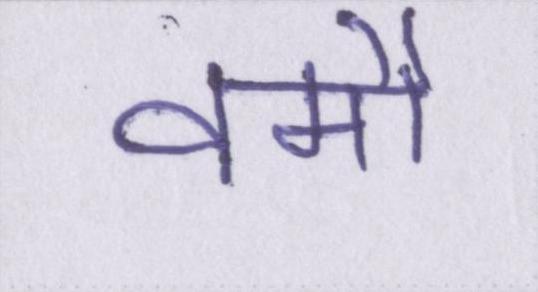
वर्मी